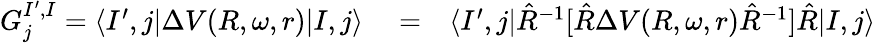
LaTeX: \begin{array}{rlr}{G_{j}^{I^{\prime},I}=\langle I^{\prime},j|\Delta V(R,\omega,r)|I,j\rangle}&{{}=}&{\langle I^{\prime},j|\hat{R}^{-1}[\hat{R}\Delta V(R,\omega,r)\hat{R}^{-1}]\hat{R}|I,j\rangle}\end{array}